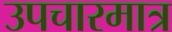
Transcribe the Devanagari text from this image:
उपचारमात्र